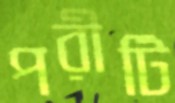
পরীটি